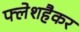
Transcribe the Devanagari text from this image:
फ्लेशहैकर